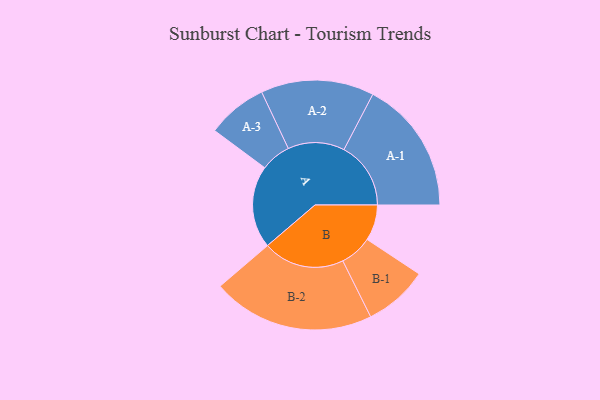
{"axis": {"x": "Segment", "y": "Value"}, "legend": ["", "A", "B"], "data": [{"x": "A", "y": 290, "type": ""}, {"x": "B", "y": 126, "type": ""}, {"x": "A-1", "y": 235, "type": "A"}, {"x": "A-2", "y": 199, "type": "A"}, {"x": "A-3", "y": 106, "type": "A"}, {"x": "B-1", "y": 113, "type": "B"}, {"x": "B-2", "y": 286, "type": "B"}]}